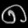
Digit: ၈